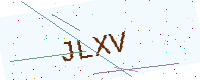
Text: JLXV